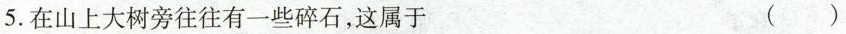
5.在山上大树旁往往有一些碎石，这属于（ ）